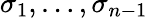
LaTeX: \sigma_{1},\ldots,\sigma_{n-1}